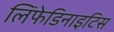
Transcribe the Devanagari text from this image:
लिंफेडिनाइटिस